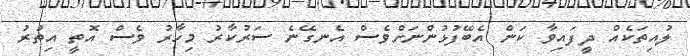
ލުއިތަކެއް ދީފައިވާ ކަން އެބޭފުޅުންނަށްވެސް އެނގޭނެ ސަރުކާރު މިހާރު ވެސް އޮތީ އިތުރު